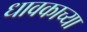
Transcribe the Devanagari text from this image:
धावकाच्या